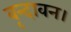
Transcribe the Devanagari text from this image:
वृन्दावन।